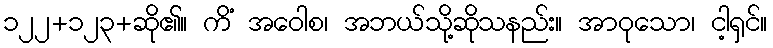
၁၂၂+၁၂၃+ဆို၏။ ကိံ အဝေါစ၊ အဘယ်သို့ဆိုသနည်း။ အာဝုသော၊ ငါ့ရှင်။